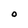
Character: O